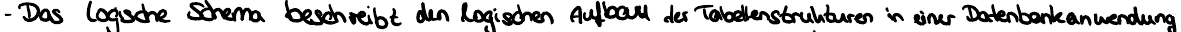
- Das logische Schema beschreibt den logischen Aufbau der Tabellenstrukturen in einer Datenbankanwendung